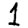
Digit: 1